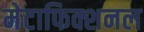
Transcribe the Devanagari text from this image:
मेटाफिक्शनल